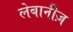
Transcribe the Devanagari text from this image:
लेबानीज़